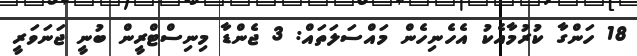
18 ހަންގާ ކުރުމާއެކު އެހެނިހެން މައްސަލަތައް: 3 ޖެންޑާ މިނިސްޓްރީން ބުނީ ޖަނަވަރީ